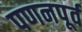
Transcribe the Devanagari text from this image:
पणनपूर्व